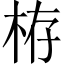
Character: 栫